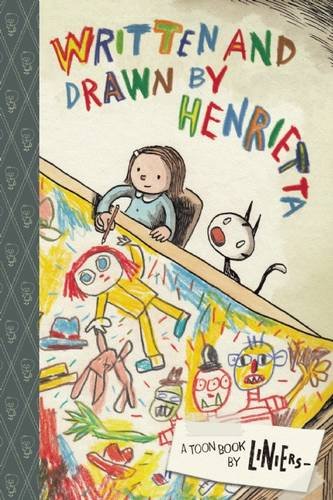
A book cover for Written and Drawn by Henrietta: TOON Level 3 (Toon Books); Children's Books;